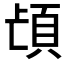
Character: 𮨁